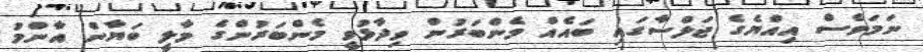
ނަމަވެސް އިއްޔެގެ ޖަލްސާގައި ބައެއް މެންބަރުން ވިދާޅުވީ މެންބަރުންގެ މާލީ ބަޔާން އާންމު